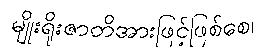
မျိုးရိုးဇာတိအားဖြင့်ဖြစ်စေ၊